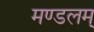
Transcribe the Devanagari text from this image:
मण्डलम्